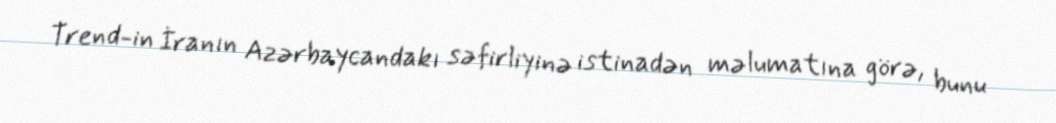
Trend-in İranın Azərbaycandakı səfirliyinə istinadən məlumatına görə, bunu